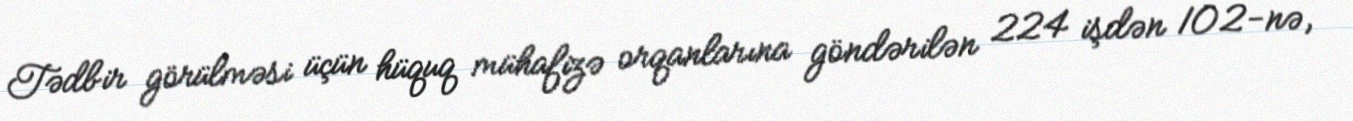
Tədbir görülməsi üçün hüquq mühafizə orqanlarına göndərilən 224 işdən 102-nə,